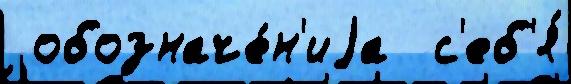
 обозначе́н'иjа  с'еб'я́